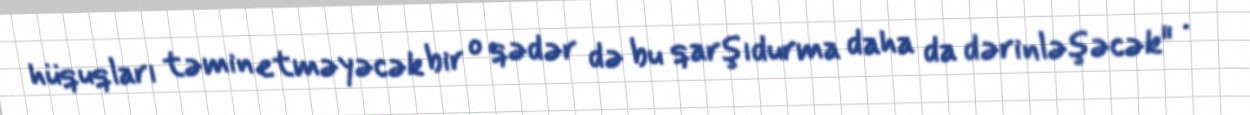
hüquqları təmin etməyəcək bir o qədər də bu qarşıdurma daha da dərinləşəcək" .